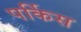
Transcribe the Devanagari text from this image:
पर्किस